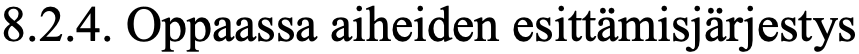
8.2.4. Oppaassa aiheiden esittämisjärjestys